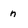
Character: n